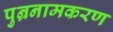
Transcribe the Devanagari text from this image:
पुन्रनामकरण